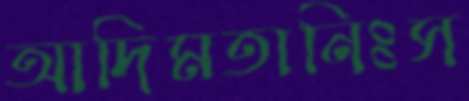
আদিমতানিঃস